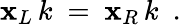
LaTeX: \mathbf{x}_{L}\, k\ =\ \mathbf{x}_{R}\, k\ \ .